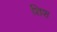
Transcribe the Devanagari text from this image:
शिश